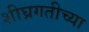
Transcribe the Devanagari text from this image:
शीघ्रगतीच्या